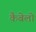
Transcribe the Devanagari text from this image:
कैबेलो